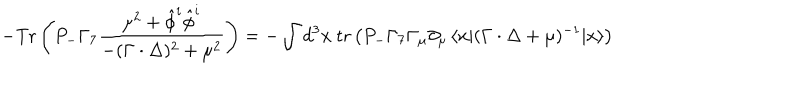
- \mathrm { T r } \left( P _ { - } \Gamma _ { 7 } \frac { \mu ^ { 2 } + \hat { \phi } ^ { i } \hat { \phi } ^ { i } } { - ( \Gamma \cdot \Delta ) ^ { 2 } + \mu ^ { 2 } } \right) = - \int d ^ { 3 } x \ \mathrm { t r } \left( P _ { - } \Gamma _ { 7 } \Gamma _ { \mu } { \partial } _ { \mu } \, \langle x | ( \Gamma \cdot \Delta + \mu ) ^ { - 1 } | x \rangle \right)